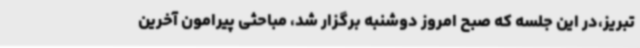
تبریز،در این جلسه که صبح امروز دوشنبه برگزار شد، مباحثی پیرامون آخرین